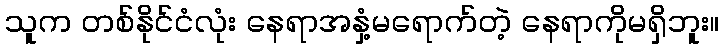
သူက တစ်နိုင်ငံလုံး နေရာအနှံ့မရောက်တဲ့ နေရာကိုမရှိဘူး။